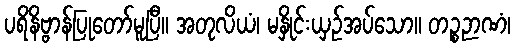
ပရိနိဗ္ဗာန်ပြုတော်မူပြီ။ အတုလိယံ၊ မနှိုင်းယှဉ်အပ်သော။ တဉ္စဉာဏံ၊